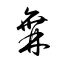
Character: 橆